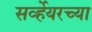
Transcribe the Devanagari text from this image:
सर्व्हेयरच्या